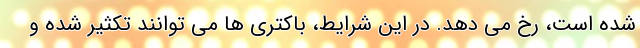
شده است، رخ می دهد. در این شرایط، باکتری ها می توانند تکثیر شده و